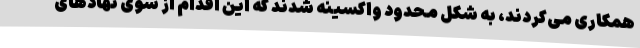
همکاری می‌کردند، به شکل محدود واکسینه شدند که این اقدام از سوی نهادهای